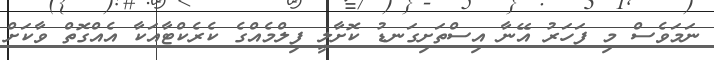
ނަމަވެސް މި ފަހަރު އޭނާ އިސްތަށިގަނޑު ކޮށާލީ ފިލްމެއްގެ ކެރެކްޓާއަކާ އެއްގޮތް ވާކަށް